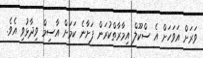
ވަރަށް އަވަހަށް އެ ސްކޫލް އިމާރާތްކުރަން ފަށާނެ ކަމަށް އާސިމް ވިދާޅުވި އެވެ.